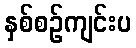
နှစ်စဉ်ကျင်းပ